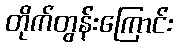
တိုက်တွန်းကြောင်း